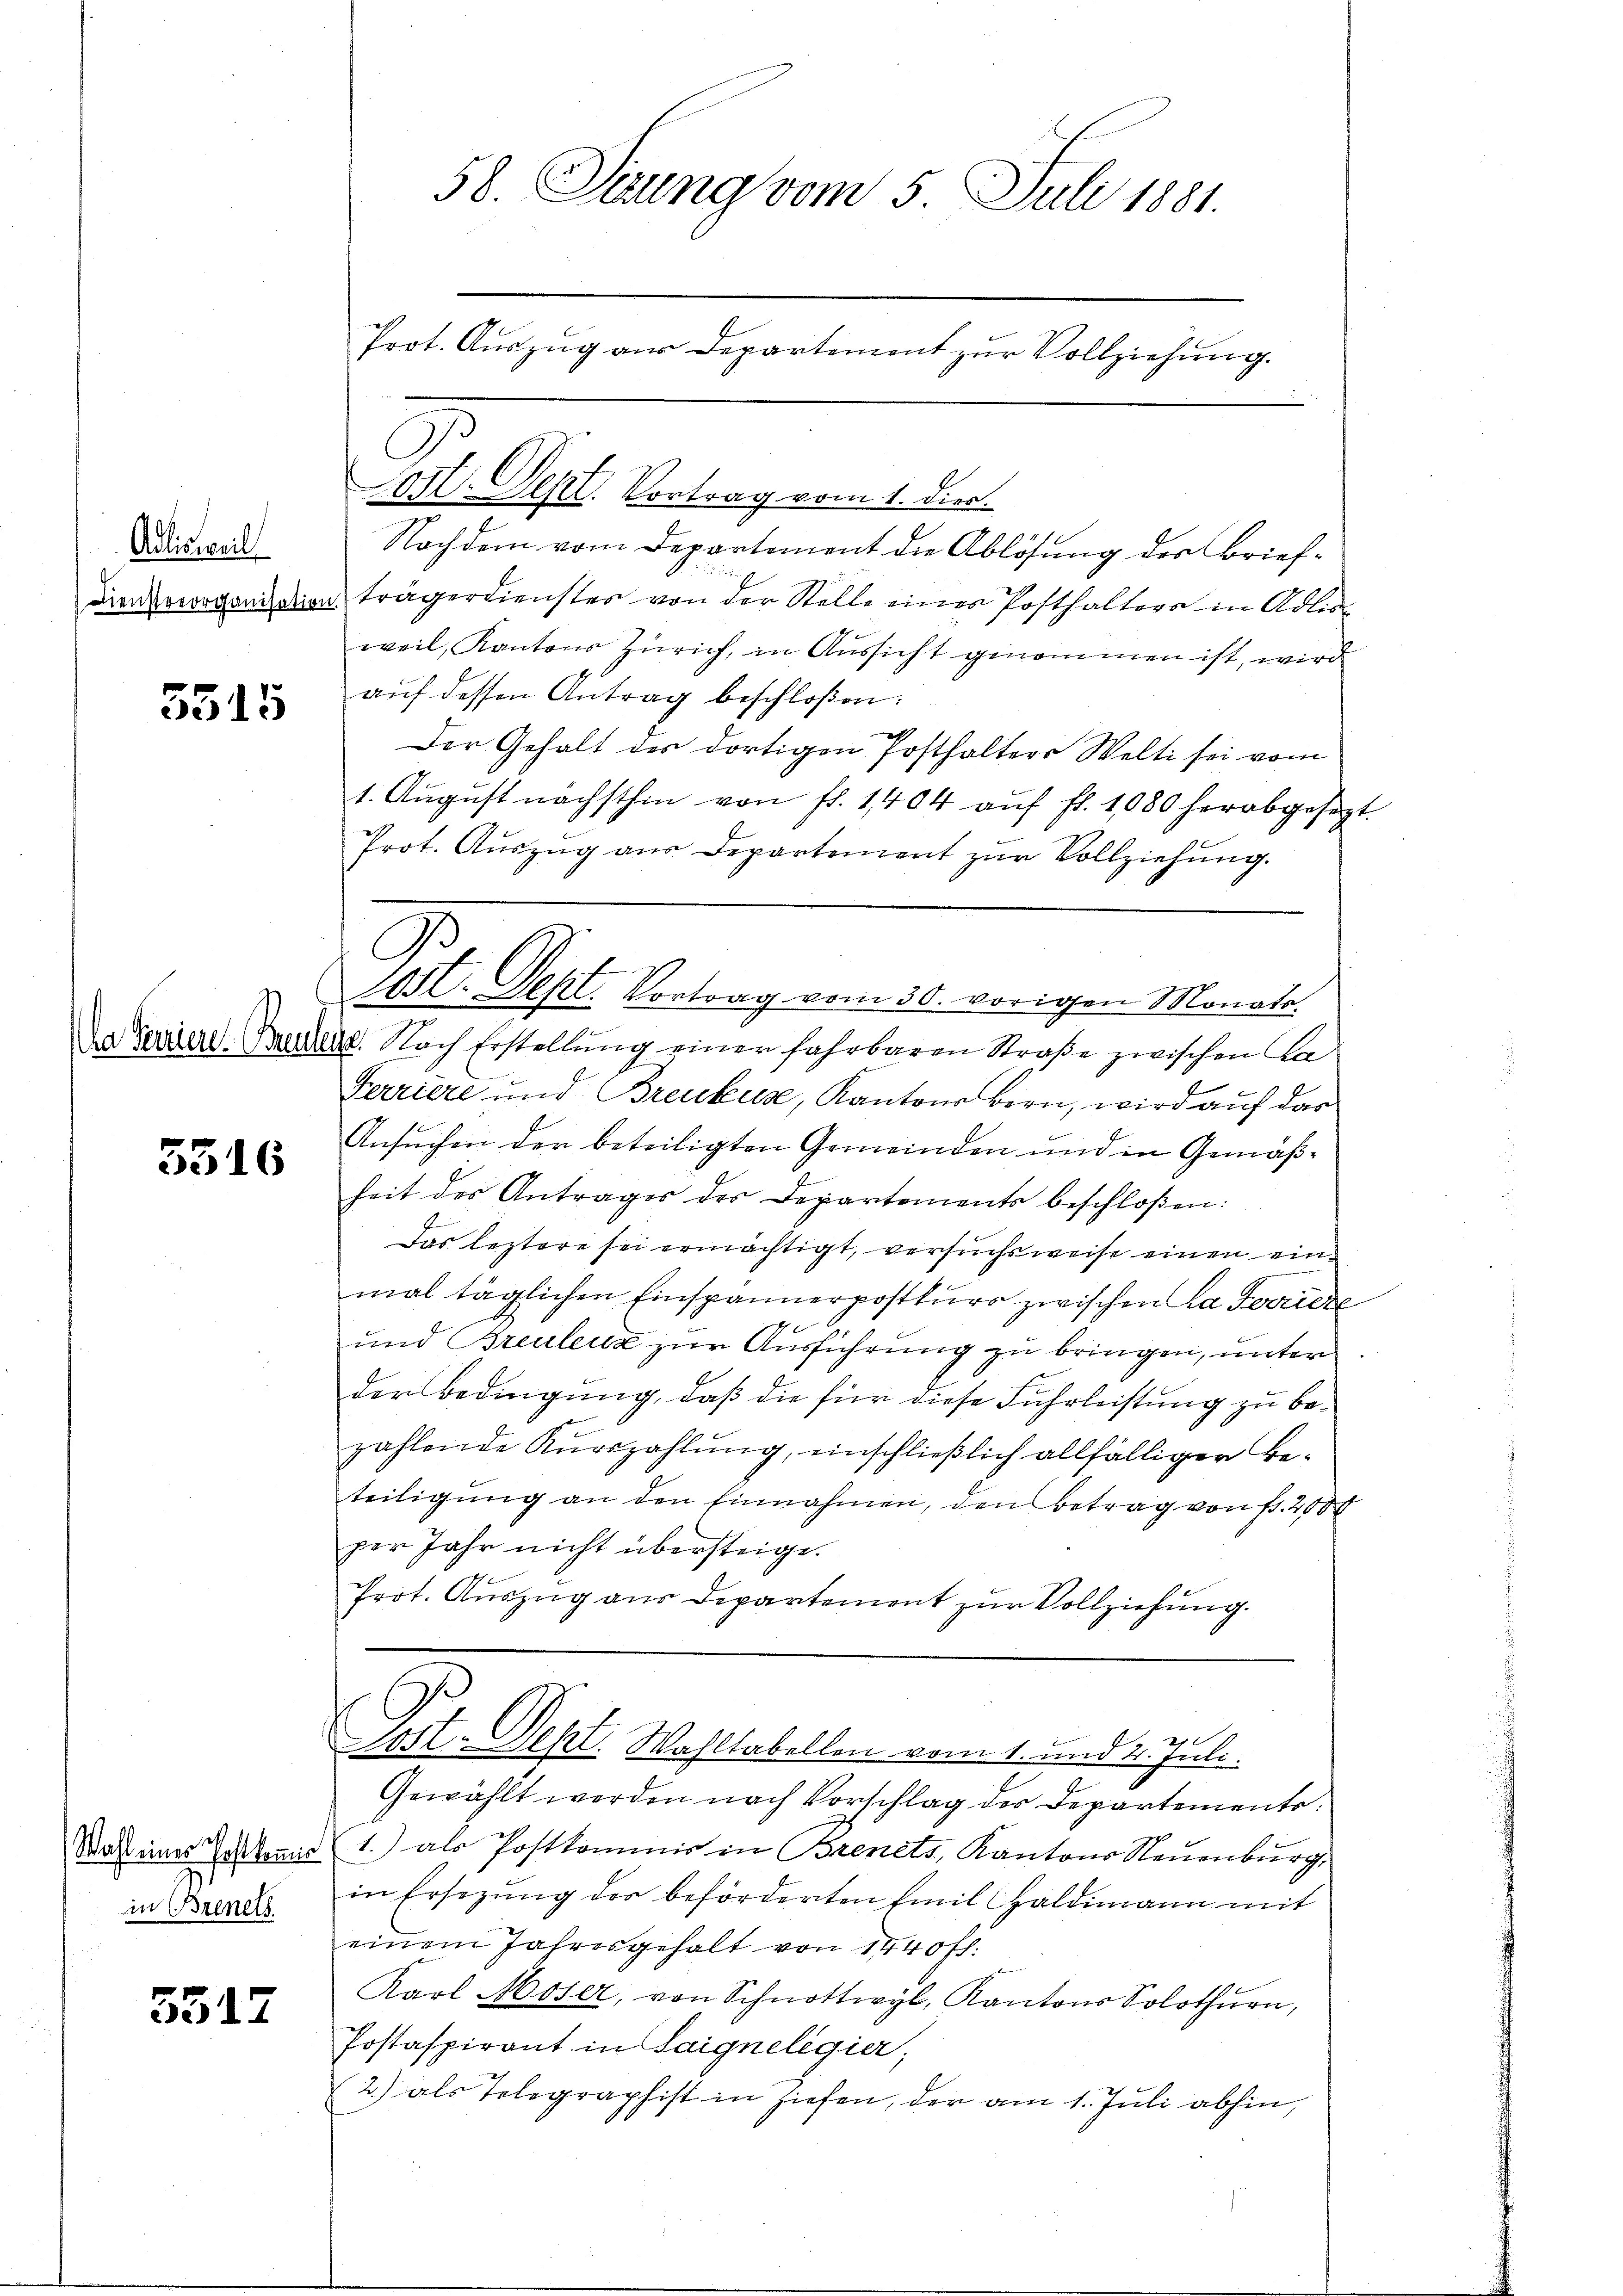
Adlisweil

5515

5316

Wahl eines Postkommis
in Brinets

3517

58. Seung vom 5. Juli 1881.
Prot. Auszug aus Departement zur Vollziehung.

1070. Sept. Vortrag vom 1. dies.
Nachdem vom Departement die Ablösung der Brief¬
Kindervorgend dieen trägerdienstes von der Stelle einer Posthalters in Adlis
weil, Kantons Zürich, in Aussicht genommen ist, wird
aŭf dessen Antrag beschloßen:
Der Gehalt des dortigen Posthalters Welti sei vom
1. Aŭgŭst nächsthin von fl. 1404 aŭf fl. 1080 herabgesezt.
Prot. Aŭszŭg aŭs Departement zŭr Vollziehŭng.
201. Sept. Vortrag vom 30. vorigen Monate.
Da Terriere Bruders. Nach Erstellŭng einer fahrbaren Straße zwischen Ca¬
Ferriere und Breukuse, Kantons Bern, wird auf das
Ansuchen der beteiligten Gemeinden und in Gemäßheit des Antrages des Departements beschloßen:
Das leztere sei ermächtigt, versuchsweise einen einmal täglichen Einspännerpostkurs zwischen La Fouriere
und Breulenz zur Ausführung zu bringen, unter
der Bedingung, daß die für diese Fuhrleistung zu bezahlende Kurszahlung, einschließlich allfälliger Beteiligŭng an den Einnahmen, den Betrag von fr. 2000
per Jahr nicht übersteige.
Prot. Auszug aus Departement zur Vollziehung.
Lost. Sept. Wahltabellen vom 1. und 4. Juli.
Gewählt werden nach Vorschlag des Departements.
1.) als Postkommnis in Brenets, Kantons Neuenburg,
in Ersezung der beförderten Emil Haldimann mit
einem Jahresgehalt von 1440 fl.
Karl Moser, von Schnottwyl, Kantons Solothurn,
Postaspirant in Saignelegier;
2.) als Telegraphist in ziehen, der am 1. Juli abhin,

C